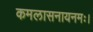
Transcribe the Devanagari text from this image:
कमलासनायनमः।